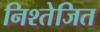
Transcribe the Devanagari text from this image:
निश्तेजित